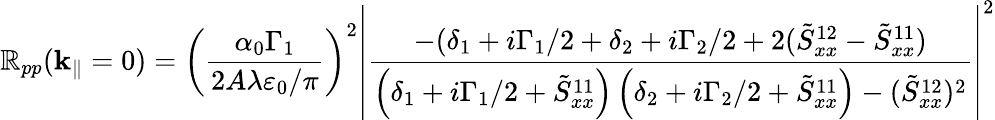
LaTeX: \mathbb{R}_{pp}(\mathbf{{k}}_{\| }=0)=\left(\frac{{\alpha_{0}\Gamma_{1}}}{{2A\lambda\varepsilon_{0}/\pi}}\right)^{2}\left|\frac{{-(\delta_{1}+i\Gamma_{1}/2+\delta_{2}+i\Gamma_{2}/2+2(\tilde{{S}}_{xx}^{12}-\tilde{{S}}_{xx}^{11})}}{{\left(\delta_{1}+i\Gamma_{1}/2+\tilde{{S}}_{xx}^{11}\right)\left(\delta_{2}+i\Gamma_{2}/2+\tilde{{S}}_{xx}^{11}\right)-(\tilde{{S}}_{xx}^{12})^{2}}}\right|^{2}